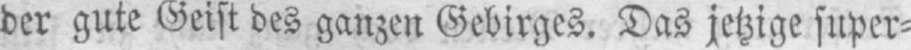
der gute Geist des ganzen Gebirges. Das jetzige super⸗